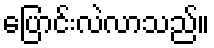
ပြောင်းလဲလာသည်။